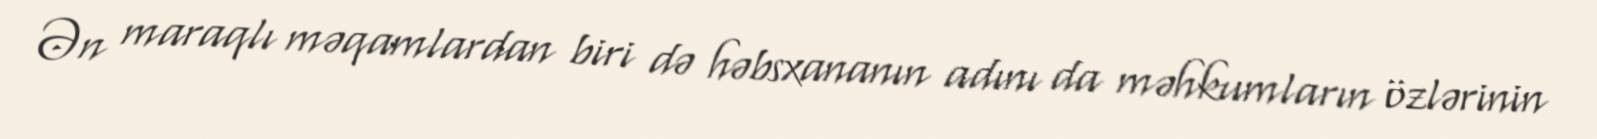
Ən maraqlı məqamlardan biri də həbsxananın adını da məhkumların özlərinin